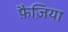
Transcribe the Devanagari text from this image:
फ़ैज़िया